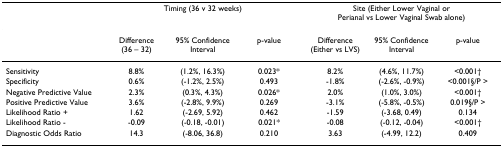
<table><thead><tr><td>[EMPTY_CELL]</td><td colspan="3"><b>Timing (36 v 32 weeks)</b></td><td colspan="3"><b>Site (Either Lower Vaginal or Perianal vs Lower Vaginal Swab alone)</b></td></tr></thead><tbody><tr><td>[EMPTY_CELL]</td><td>Difference (36 – 32)</td><td>95% Confidence Interval</td><td>p-value</td><td>Difference (Either vs LVS)</td><td>95% Confidence Interval</td><td>p-value</td></tr><tr><td>Sensitivity</td><td>8.8%</td><td>(1.2%, 16.3%)</td><td>0.023*</td><td>8.2%</td><td>(4.6%, 11.7%)</td><td>&lt;0.001†</td></tr><tr><td>Specificity</td><td>0.6%</td><td>(-1.2%, 2.5%)</td><td>0.493</td><td>-1.8%</td><td>(-2.6%, -0.9%)</td><td>&lt;0.001§/P &gt;</td></tr><tr><td>Negative Predictive Value</td><td>2.3%</td><td>(0.3%, 4.3%)</td><td>0.026*</td><td>2.0%</td><td>(1.0%, 3.0%)</td><td>&lt;0.001†</td></tr><tr><td>Positive Predictive Value</td><td>3.6%</td><td>(-2.8%, 9.9%)</td><td>0.269</td><td>-3.1%</td><td>(-5.8%, -0.5%)</td><td>0.019§/P &gt;</td></tr><tr><td>Likelihood Ratio +</td><td>1.62</td><td>(-2.69, 5.92)</td><td>0.462</td><td>-1.59</td><td>(-3.68, 0.49)</td><td>0.134</td></tr><tr><td>Likelihood Ratio -</td><td>-0.09</td><td>(-0.18, -0.01)</td><td>0.021*</td><td>-0.08</td><td>(-0.12, -0.04)</td><td>&lt;0.001†</td></tr><tr><td>Diagnostic Odds Ratio</td><td>14.3</td><td>(-8.06, 36.8)</td><td>0.210</td><td>3.63</td><td>(-4.99, 12.2)</td><td>0.409</td></tr></tbody></table>